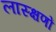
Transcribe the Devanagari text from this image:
लास्क्षणों